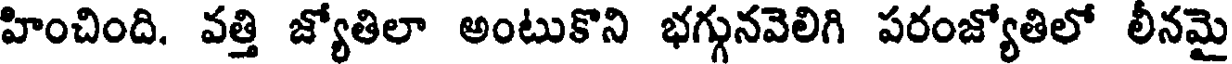
హించింది. వత్తి జ్యోతిలా అంటుకొని భగ్గునవెలిగి పరంజ్యోతిలో లీనమై